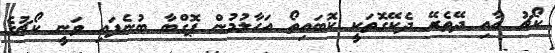
ކޯޗު އާއި ދޭތެރޭ ދެކޭގޮތަކީ ކޮބައިތޯ އަހާލުމުން ޕޮގްބާ ބުނެފައި ވަނީ ކޯޗުގެ